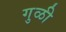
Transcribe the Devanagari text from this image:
गुळी